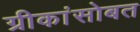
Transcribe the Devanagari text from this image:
ग्रीकांसोबत